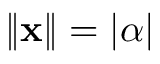
\| \mathbf { x } \| = | \alpha |